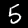
Label: 5